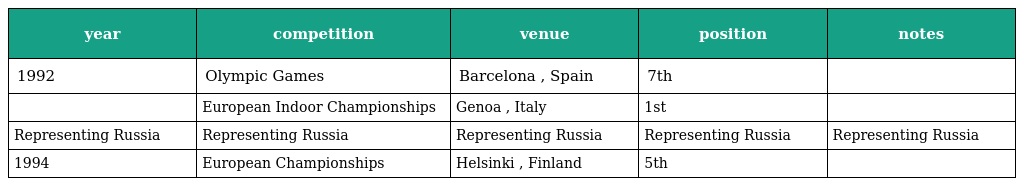
| year | competition | venue | position | notes |
 | --- | --- | --- | --- | --- |
 | 1992 | Olympic Games | Barcelona , Spain | 7th |  |
 |  | European Indoor Championships | Genoa , Italy | 1st |  |
 | Representing Russia | Representing Russia | Representing Russia | Representing Russia | Representing Russia |
 | 1994 | European Championships | Helsinki , Finland | 5th |  |